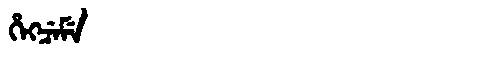
Manchu: ᡥᡝᡴᠴᡝᠮᡝ
Romanization: HEKCEME